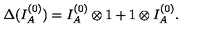
\Delta ( I _ { A } ^ { ( 0 ) } ) = I _ { A } ^ { ( 0 ) } \otimes 1 + 1 \otimes I _ { A } ^ { ( 0 ) } .